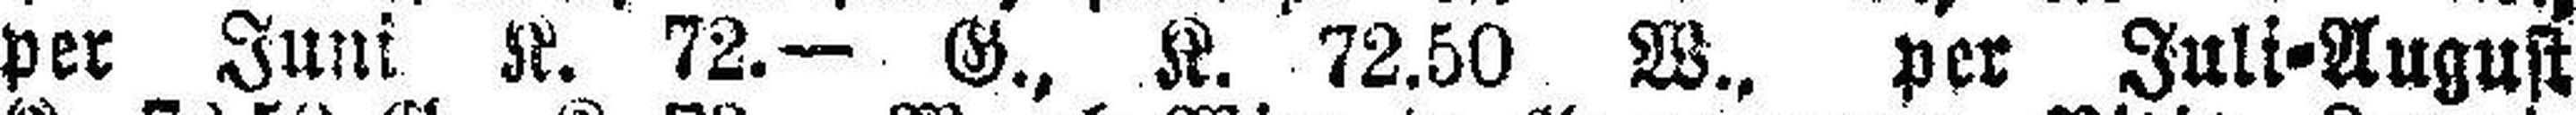
per Juni K. 72.— G., K. 72.50 W., per Juli=August